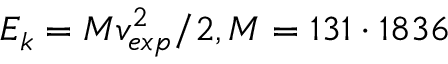
E _ { k } = M v _ { e x p } ^ { 2 } / 2 , M = 1 3 1 \cdot 1 8 3 6